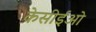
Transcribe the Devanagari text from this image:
केसीईओ